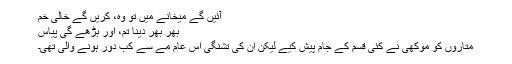
آئیں گے میخانے میں تو وہ، کریں گے خالی خم
بھر بھر دینا تم، اور بڑھے گی پیاس
متاروں کو موکھی نے کئی قسم کے جام پیش کیے لیکن ان کی تشنگی اس عام مے سے کب دور ہونے والی تھی۔